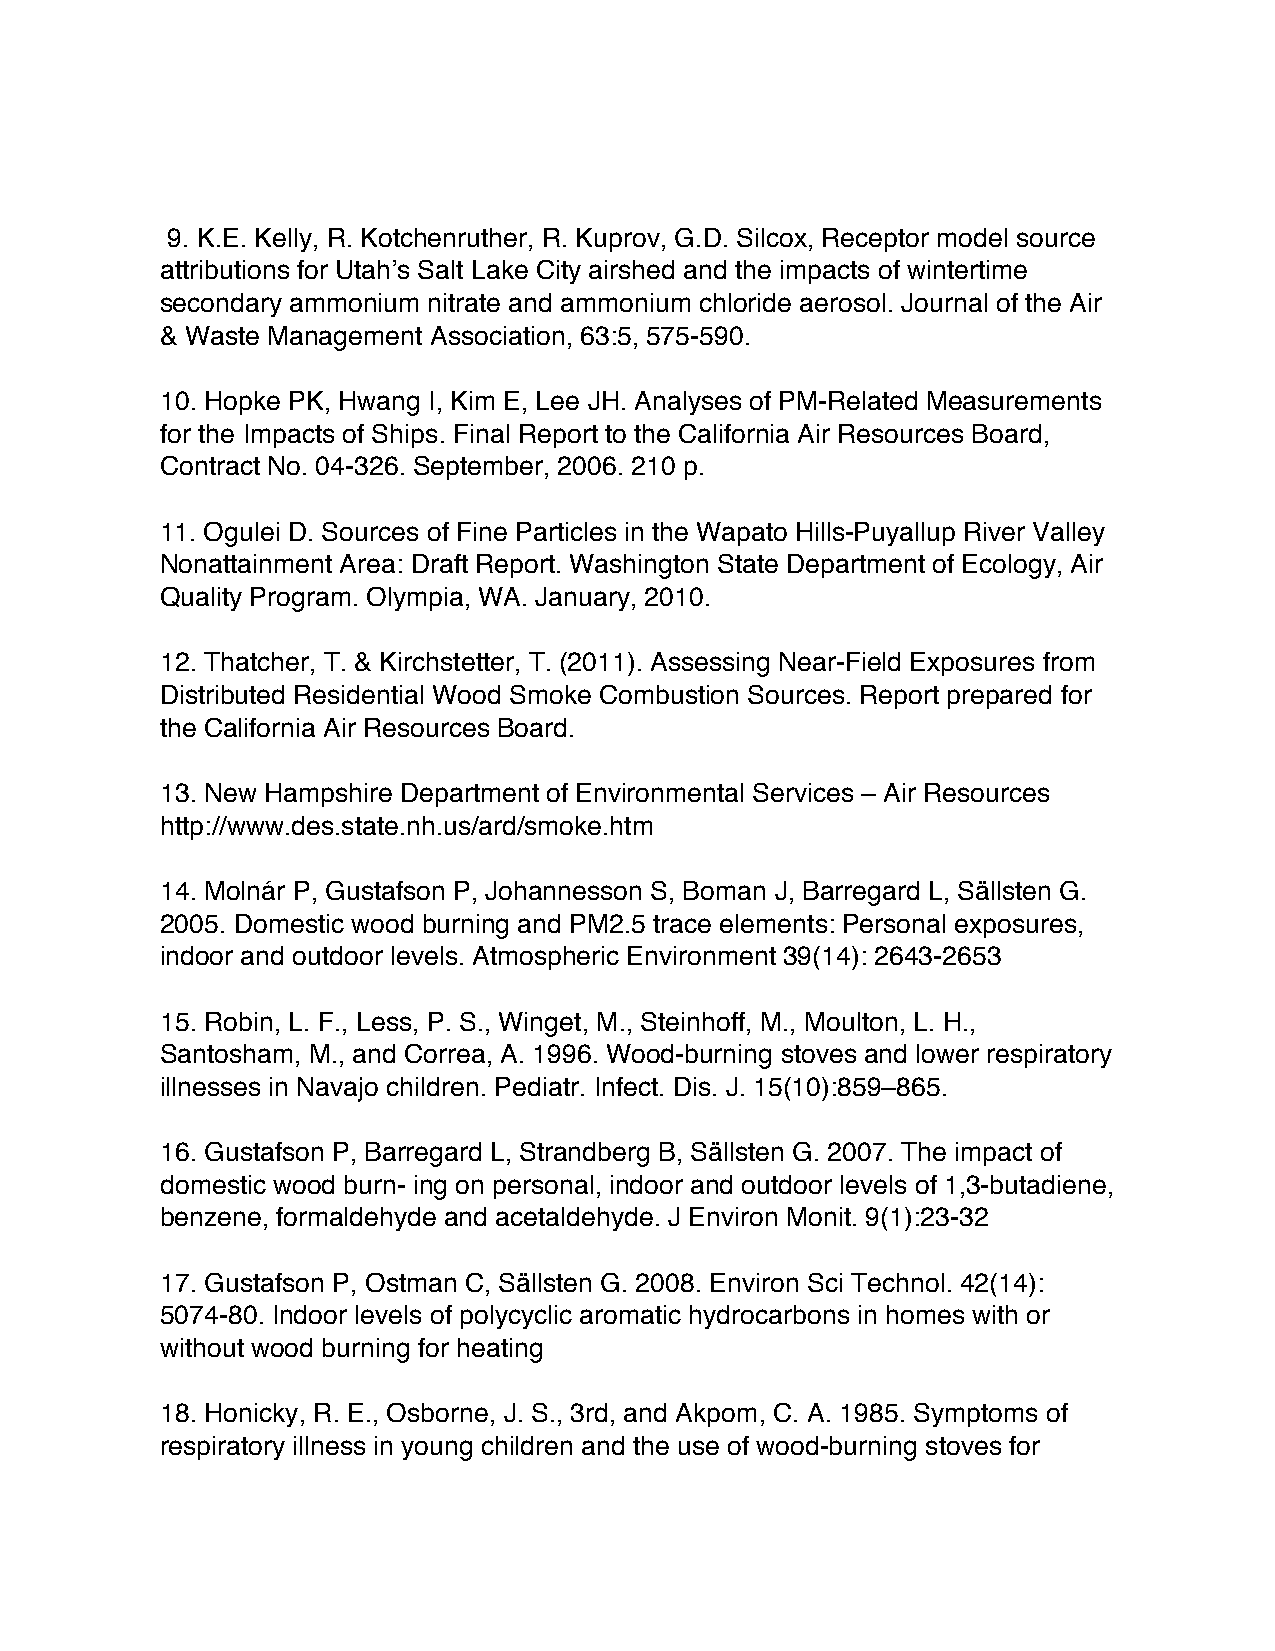
9. K.E. Kelly, R. Kotchenruther, R. Kuprov, G.D. Silcox, Receptor model source
 attributions for Utah’s Salt Lake City airshed and the impacts of wintertime
 secondary ammonium nitrate and ammonium chloride aerosol. Journal of the Air
 & Waste Management Association, 63:5, 575-590.
 10. Hopke PK, Hwang I, Kim E, Lee JH. Analyses of PM-Related Measurements
 for the Impacts of Ships. Final Report to the California Air Resources Board,
 Contract No. 04-326. September, 2006. 210 p.
 11. Ogulei D. Sources of Fine Particles in the Wapato Hills-Puyallup River Valley
 Nonattainment Area: Draft Report. Washington State Department of Ecology, Air
 Quality Program. Olympia, WA. January, 2010.
 12. Thatcher, T. & Kirchstetter, T. (2011). Assessing Near-Field Exposures from
 Distributed Residential Wood Smoke Combustion Sources. Report prepared for
 the California Air Resources Board.
 13. New Hampshire Department of Environmental Services – Air Resources
 http://www.des.state.nh.us/ard/smoke.htm
 14. Molnár P, Gustafson P, Johannesson S, Boman J, Barregard L, Sällsten G.
 2005. Domestic wood burning and PM2.5 trace elements: Personal exposures,
 indoor and outdoor levels. Atmospheric Environment 39(14): 2643-2653
 15. Robin, L. F., Less, P. S., Winget, M., Steinhoff, M., Moulton, L. H.,
 Santosham, M., and Correa, A. 1996. Wood-burning stoves and lower respiratory
 illnesses in Navajo children. Pediatr. Infect. Dis. J. 15(10):859–865.
 16. Gustafson P, Barregard L, Strandberg B, Sällsten G. 2007. The impact of
 domestic wood burn- ing on personal, indoor and outdoor levels of 1,3-butadiene,
 benzene, formaldehyde and acetaldehyde. J Environ Monit. 9(1):23-32
 17. Gustafson P, Ostman C, Sällsten G. 2008. Environ Sci Technol. 42(14):
 5074-80. Indoor levels of polycyclic aromatic hydrocarbons in homes with or
 without wood burning for heating
 18. Honicky, R. E., Osborne, J. S., 3rd, and Akpom, C. A. 1985. Symptoms of
 respiratory illness in young children and the use of wood-burning stoves for